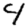
Digit: 4